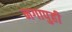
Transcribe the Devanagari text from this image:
नगापुही